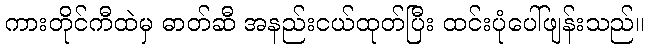
ကားတိုင်ကီထဲမှ ဓာတ်ဆီ အနည်းငယ်ထုတ်ပြီး ထင်းပုံပေါ်ဖျန်းသည်။